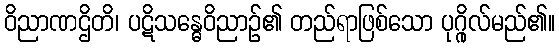
ဝိညာဏဌိတိ၊ ပဋိသန္ဓေဝိညာဉ်၏ တည်ရာဖြစ်သော ပုဂ္ဂိုလ်မည်၏။